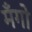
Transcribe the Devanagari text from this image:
मँगो